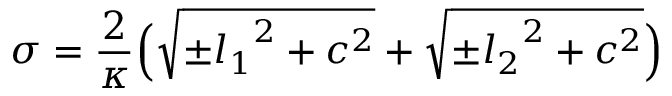
\sigma = \frac { 2 } { \kappa } \Bigl ( { \sqrt { { \pm } { l _ { 1 } } ^ { 2 } + c ^ { 2 } } } + { \sqrt { { \pm } { l _ { 2 } } ^ { 2 } + c ^ { 2 } } } \Bigr )